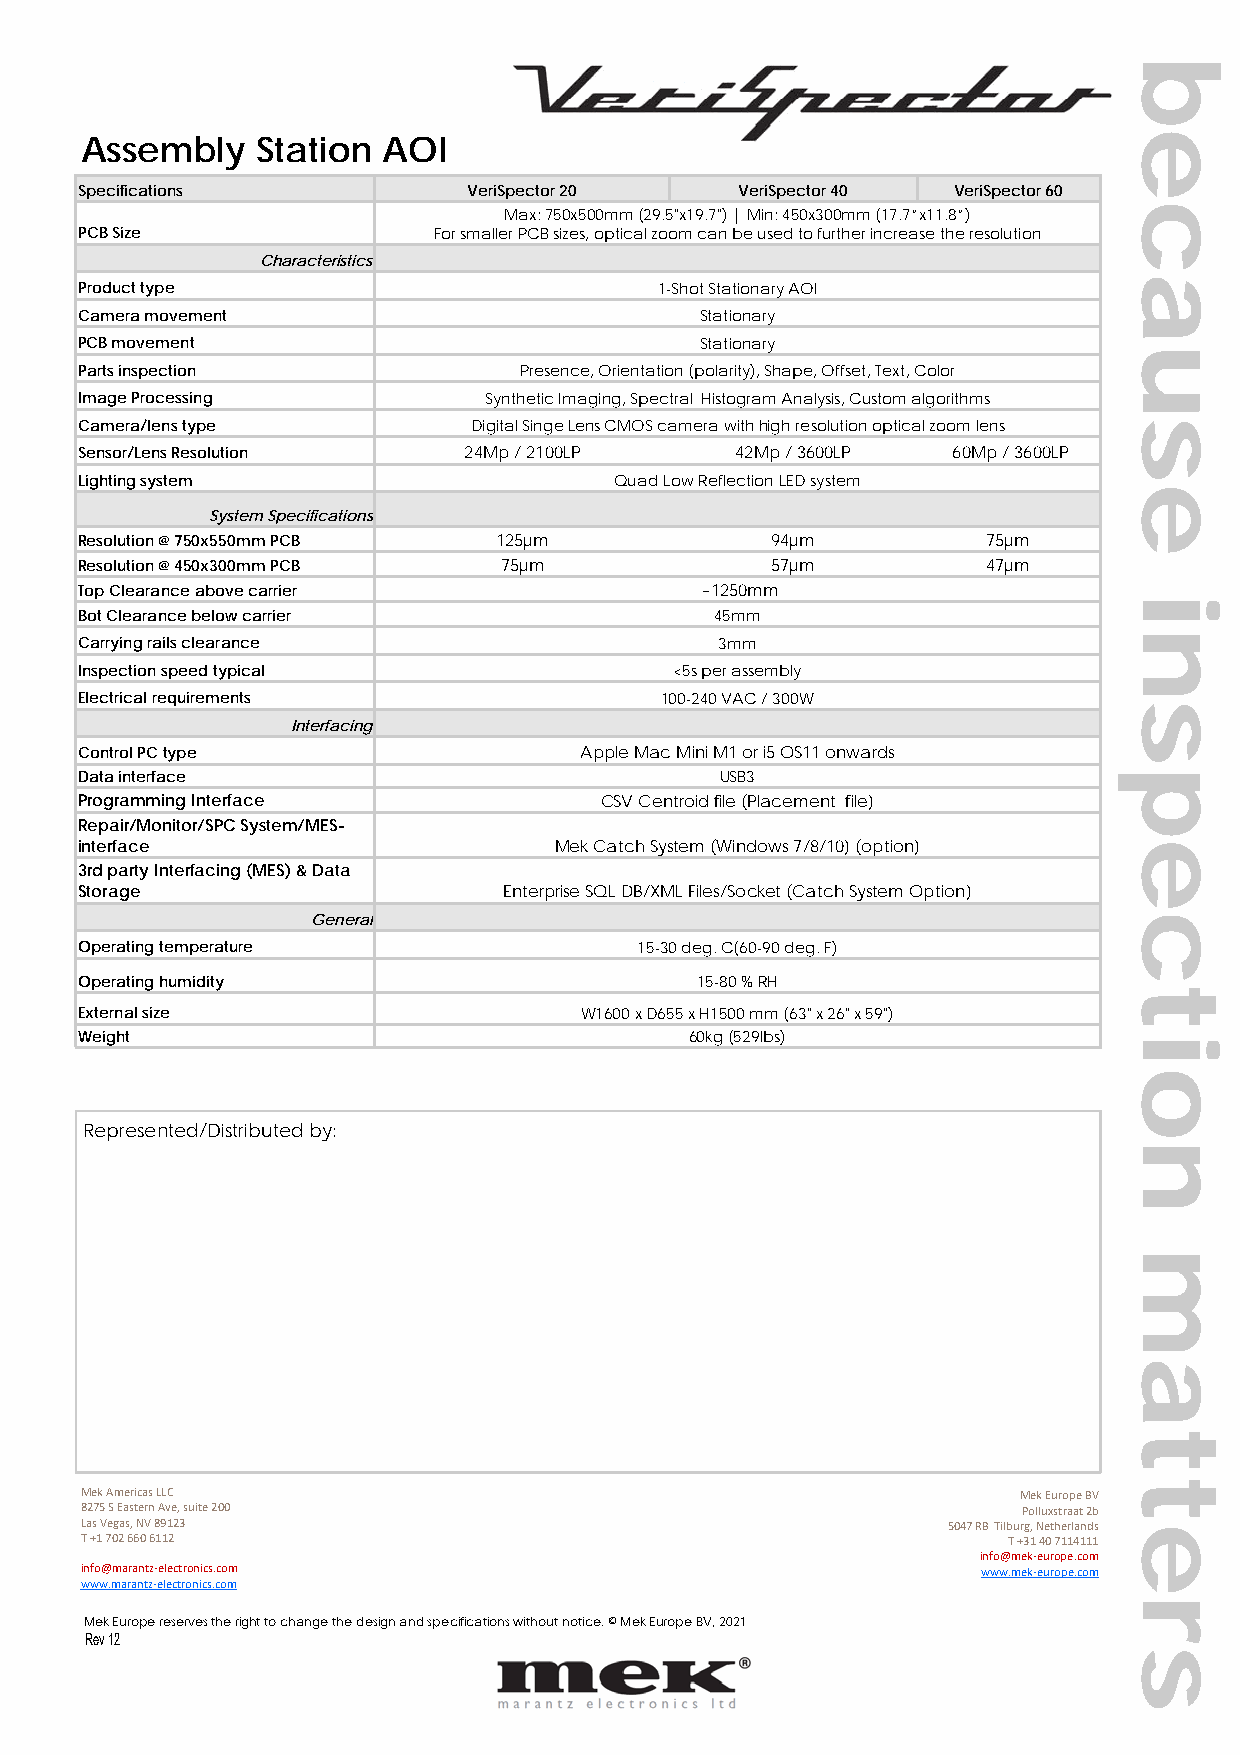
Assembly    Station AOI
 Specifications            VeriSpector 20    VeriSpector 40 VeriSpector 60
 Max: 750x500mm (29.5"x19.7") | Min: 450x300mm (17.7”x11.8”)
 PCB Size                For smaller PCB sizes, optical zoom can be used to further increase the resolution
 Characteristics
 Product type                           1-Shot Stationary AOI
 Camera movement                          Stationary
 PCB movement                             Stationary
 Parts inspection             Presence, Orientation (polarity), Shape, Offset, Text, Color
 Image Processing           Synthetic Imaging, Spectral Histogram Analysis, Custom algorithms
 Camera/lens type          Digital Singe Lens CMOS camera with high resolution optical zoom lens
 Sensor/Lens Resolution    24Mp / 2100LP     42Mp / 3600LP 60Mp / 3600LP
 Lighting system                     Quad Low Reflection LED system
 System Specifications
 Resolution @ 750x550mm PCB  125µm             94µm          75µm
 Resolution @ 450x300mm PCB  75µm              57µm          47µm
 Top Clearance above carrier              ~1250mm
 Bot Clearance below carrier               45mm
 Carrying rails clearance                   3mm
 Inspection speed typical                <5s per assembly
 Electrical requirements                100-240 VAC / 300W
 Interfacing
 Control PC type                  Apple Mac Mini M1 or i5 OS11 onwards
 Data interface                             USB3
 Programming Interface              CSV Centroid file (Placement file)
 Repair/Monitor/SPC System/MES-
 interface                       Mek Catch System (Windows 7/8/10) (option)
 3rd party Interfacing (MES) & Data
 Storage                     Enterprise SQL DB/XML Files/Socket (Catch System Option)
 General
 Operating temperature                15-30 deg. C(60-90 deg. F)
 Operating humidity                       15-80 % RH
 External size                    W1600 x D655 x H1500 mm (63" x 26" x 59")
 Weight                                   60kg (529lbs)
 Represented/Distributed by:
 Mek Americas LLC                                               Mek Europe BV
 8275 S Eastern Ave, suite 200                                  Polluxstraat 2b
 Las Vegas, NV 89123                                       5047 RB Tilburg, Netherlands
 T +1 702 660 6112                                             T +31 40 7114111
 info@mek‐europe.com
 info@marantz‐electronics.com                                www.mek‐europe.com
 www.marantz‐electronics.com
 Mek Europe reserves the right to change the design and specifications without notice. © Mek Europe BV, 2021
 Rev 12
 because
 inspection
 matters